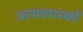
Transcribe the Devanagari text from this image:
अल्पवयस्कों